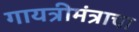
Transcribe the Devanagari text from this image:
गायत्रीमंत्राचा